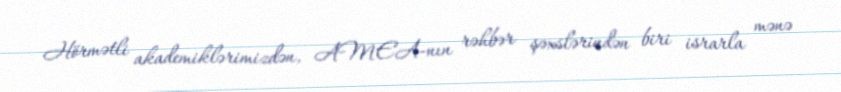
Hörmətli akademiklərimizdən, AMEA-nın rəhbər şəxslərindən biri israrla mənə